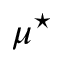
\mu ^ { \star }